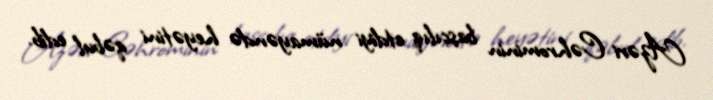
Azəri Cəhrominin başçılıq etdiyi nümayəndə heyətini qəbul edib.